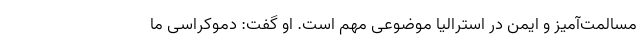
مسالمت‌آمیز و ایمن در استرالیا موضوعی مهم است. او گفت: دموکراسی ما